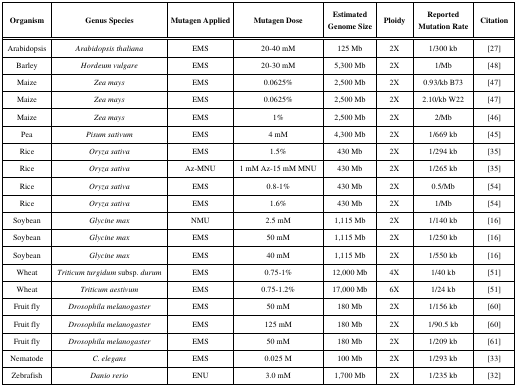
<table><thead><tr><td><b>Organism</b></td><td><b>Genus Species</b></td><td><b>Mutagen Applied</b></td><td><b>Mutagen Dose</b></td><td><b>Estimated Genome Size</b></td><td><b>Ploidy</b></td><td><b>Reported Mutation Rate</b></td><td><b>Citation</b></td></tr></thead><tbody><tr><td>Arabidopsis</td><td><i>Arabidopsis thaliana</i></td><td>EMS</td><td>20-40 mM</td><td>125 Mb</td><td>2X</td><td>1/300 kb</td><td>[27]</td></tr><tr><td>Barley</td><td><i>Hordeum vulgare</i></td><td>EMS</td><td>20-30 mM</td><td>5,300 Mb</td><td>2X</td><td>1/Mb</td><td>[48]</td></tr><tr><td>Maize</td><td><i>Zea mays</i></td><td>EMS</td><td>0.0625%</td><td>2,500 Mb</td><td>2X</td><td>0.93/kb B73</td><td>[47]</td></tr><tr><td>Maize</td><td><i>Zea mays</i></td><td>EMS</td><td>0.0625%</td><td>2,500 Mb</td><td>2X</td><td>2.10/kb W22</td><td>[47]</td></tr><tr><td>Maize</td><td><i>Zea mays</i></td><td>EMS</td><td>1%</td><td>2,500 Mb</td><td>2X</td><td>2/Mb</td><td>[46]</td></tr><tr><td>Pea</td><td><i>Pisum sativum</i></td><td>EMS</td><td>4 mM</td><td>4,300 Mb</td><td>2X</td><td>1/669 kb</td><td>[45]</td></tr><tr><td>Rice</td><td><i>Oryza sativa</i></td><td>EMS </td><td>1.5%</td><td>430 Mb</td><td>2X</td><td>1/294 kb</td><td>[35]</td></tr><tr><td>Rice</td><td><i>Oryza sativa</i></td><td>Az-MNU</td><td>1 mM Az-15 mM MNU</td><td>430 Mb</td><td>2X</td><td>1/265 kb</td><td>[35]</td></tr><tr><td>Rice</td><td><i>Oryza sativa</i></td><td>EMS</td><td>0.8-1%</td><td>430 Mb</td><td>2X</td><td>0.5/Mb</td><td>[54]</td></tr><tr><td>Rice</td><td><i>Oryza sativa</i></td><td>EMS</td><td>1.6%</td><td>430 Mb</td><td>2X</td><td>1/Mb</td><td>[54]</td></tr><tr><td>Soybean</td><td><i>Glycine max</i></td><td>NMU</td><td>2.5 mM</td><td>1,115 Mb</td><td>2X</td><td>1/140 kb</td><td>[16]</td></tr><tr><td>Soybean</td><td><i>Glycine max</i></td><td>EMS</td><td>50 mM</td><td>1,115 Mb</td><td>2X</td><td>1/250 kb</td><td>[16]</td></tr><tr><td>Soybean</td><td><i>Glycine max</i></td><td>EMS</td><td>40 mM</td><td>1,115 Mb</td><td>2X</td><td>1/550 kb</td><td>[16]</td></tr><tr><td>Wheat</td><td><i>Triticum turgidum</i> subsp. <i>durum</i></td><td>EMS</td><td>0.75-1%</td><td>12,000 Mb</td><td>4X</td><td>1/40 kb</td><td>[51]</td></tr><tr><td>Wheat</td><td><i>Triticum aestivum</i></td><td>EMS</td><td>0.75-1.2%</td><td>17,000 Mb</td><td>6X</td><td>1/24 kb</td><td>[51]</td></tr><tr><td>Fruit fly</td><td><i>Drosophila melanogaster</i></td><td>EMS</td><td>50 mM</td><td>180 Mb</td><td>2X</td><td>1/156 kb</td><td>[60]</td></tr><tr><td>Fruit fly</td><td><i>Drosophila melanogaster</i></td><td>EMS</td><td>125 mM</td><td>180 Mb</td><td>2X</td><td>1/90.5 kb</td><td>[60]</td></tr><tr><td>Fruit fly</td><td><i>Drosophila melanogaster</i></td><td>EMS</td><td>50 mM</td><td>180 Mb</td><td>2X</td><td>1/209 kb</td><td>[61]</td></tr><tr><td>Nematode</td><td><i>C. elegans</i></td><td>EMS</td><td>0.025 M</td><td>100 Mb</td><td>2X</td><td>1/293 kb</td><td>[33]</td></tr><tr><td>Zebrafish</td><td><i>Danio rerio</i></td><td>ENU</td><td>3.0 mM</td><td>1,700 Mb</td><td>2X</td><td>1/235 kb</td><td>[32]</td></tr></tbody></table>